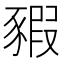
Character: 豭